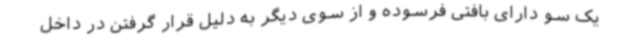
یک سو دارای بافتی فرسوده و از سوی دیگر به دلیل قرار گرفتن در داخل